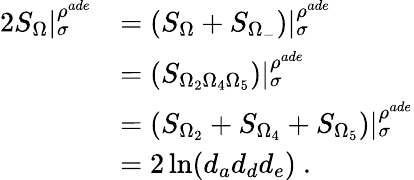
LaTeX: \begin{array}{rl}{2S_{\Omega}|_{\sigma}^{\rho^{ade}}}&{=(S_{\Omega}+S_{\Omega_{-}})|_{\sigma}^{\rho^{ade}}}\\ &{=(S_{\Omega_{2}\Omega_{4}\Omega_{5}})|_{\sigma}^{\rho^{ade}}}\\ &{=(S_{\Omega_{2}}+S_{\Omega_{4}}+S_{\Omega_{5}})|_{\sigma}^{\rho^{ade}}}\\ &{=2\ln(d_{a}d_{d}d_{e})~.}\end{array}